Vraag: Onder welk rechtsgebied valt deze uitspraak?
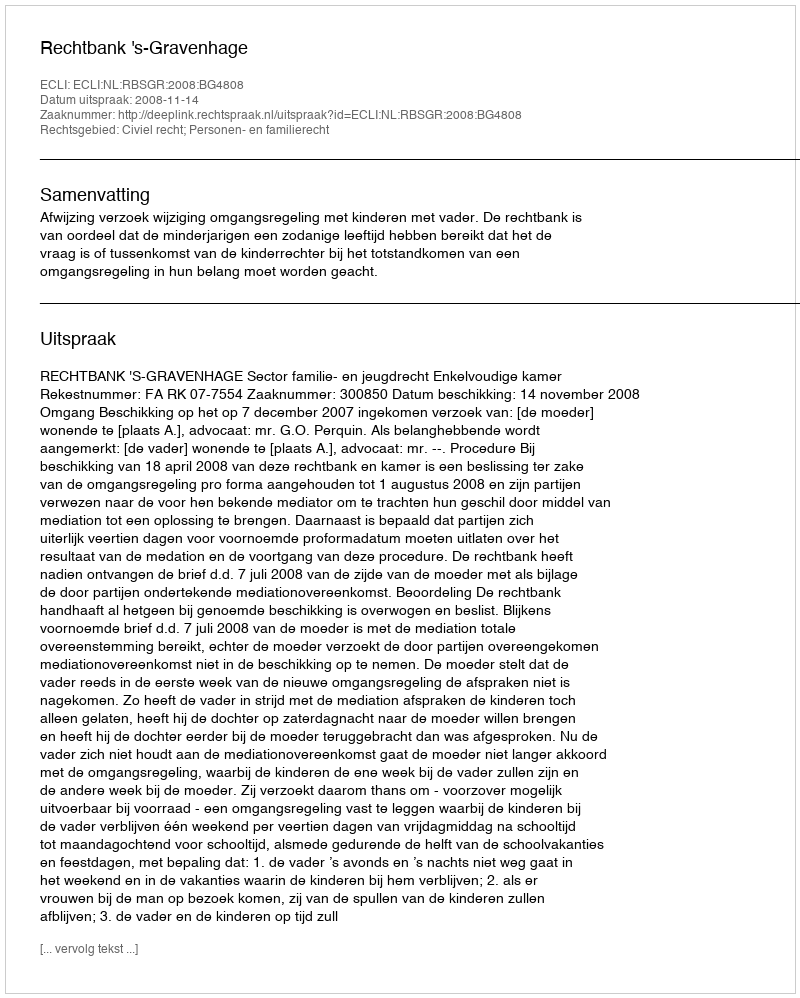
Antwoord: Civiel recht; Personen- en familierecht